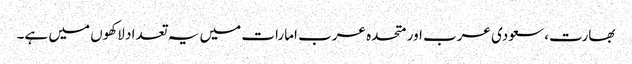
بھارت، سعودی عرب اور متحدہ عرب امارات میں یہ تعداد لاکھوں میں ہے۔